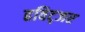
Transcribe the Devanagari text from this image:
हविट्जर